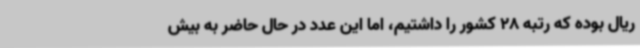
ریال بوده که رتبه 28 کشور را داشتیم، اما این عدد در حال حاضر به بیش